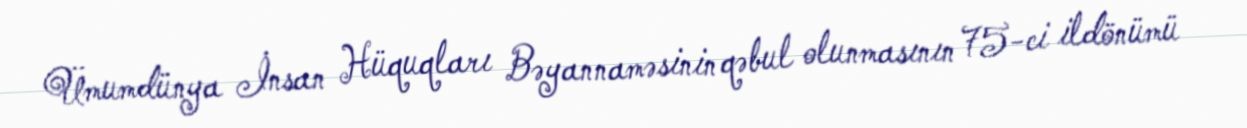
Ümumdünya İnsan Hüquqları Bəyannaməsinin qəbul olunmasının 75-ci ildönümü